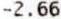
-2.66